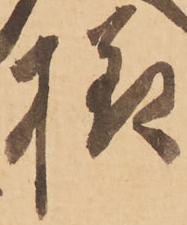
様